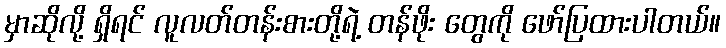
မှာဆိုလို့ ရှိရင် လူလတ်တန်းစားတို့ရဲ့ တန်ဖိုး တွေကို ဖော်ပြထားပါတယ်။